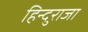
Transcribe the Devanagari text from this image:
हिन्दुराजा